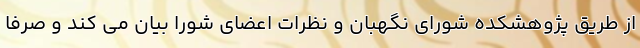
از طریق پژوهشکده شورای نگهبان و نظرات اعضای شورا بیان می کند و صرفا